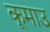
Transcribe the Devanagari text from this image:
कूमाउ